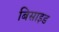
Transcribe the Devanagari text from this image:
बिसाइड